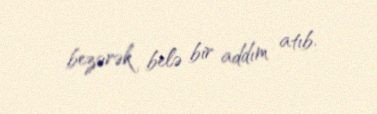
bezərək belə bir addım atıb.